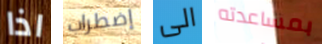
اذا إضطراب الى بمساعدته